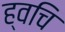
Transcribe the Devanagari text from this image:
ह्वचि